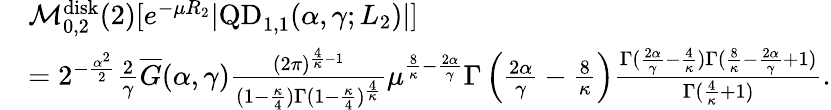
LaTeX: \begin{array}{rl}&{\mathcal M_{0,2}^{\mathrm{disk}}(2)[e^{-\mu R_{2}}|\mathrm{QD}_{1,1}(\alpha,\gamma;L_{2})|]}\\ &{=2^{-\frac{\alpha^{2}}{2}}\frac{2}{\gamma}\overline{G}(\alpha,\gamma)\frac{(2\pi)^{\frac{4}{\kappa}-1}}{(1-\frac{\kappa}{4})\Gamma(1-\frac{\kappa}{4})^{\frac{4}{\kappa}}}\mu^{\frac{8}{\kappa}-\frac{2\alpha}{\gamma}}\Gamma\left(\frac{2\alpha}{\gamma}-\frac{8}{\kappa}\right)\frac{\Gamma(\frac{2\alpha}{\gamma}-\frac{4}{\kappa})\Gamma(\frac{8}{\kappa}-\frac{2\alpha}{\gamma}+1)}{\Gamma(\frac{4}{\kappa}+1)}.}\end{array}